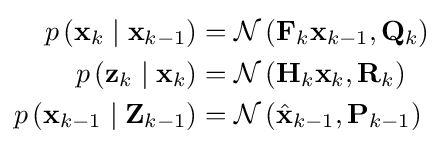
{\begin{aligned}p\left(\mathbf {x} _{k}\mid \mathbf {x} _{k-1}\right)&={\mathcal {N}}\left(\mathbf {F} _{k}\mathbf {x} _{k-1},\mathbf {Q} _{k}\right)\\p\left(\mathbf {z} _{k}\mid \mathbf {x} _{k}\right)&={\mathcal {N}}\left(\mathbf {H} _{k}\mathbf {x} _{k},\mathbf {R} _{k}\right)\\p\left(\mathbf {x} _{k-1}\mid \mathbf {Z} _{k-1}\right)&={\mathcal {N}}\left({\hat {\mathbf {x} }}_{k-1},\mathbf {P} _{k-1}\right)\end{aligned}}